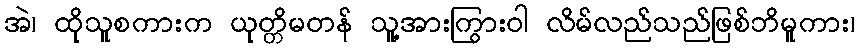
အဲ၊ ထိုသူစကားက ယုတ္တိမတန် သူ့အားကြွားဝါ လိမ်လည်သည်ဖြစ်ဘိမူကား၊